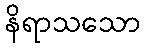
နိရာသသော